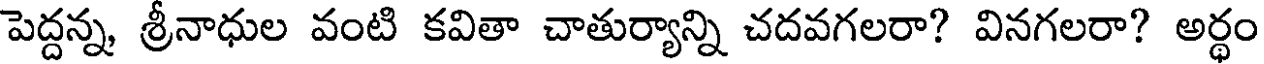
పెద్దన్న శ్రీనాధుల వంటి కవితా చాతుర్యాన్ని చదవగలరా? వినగలరా? అర్ధం